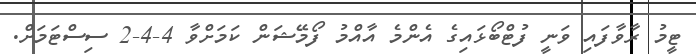
ޓީމު ރާވާފައި ވަނީ ފުޓްބޯޅައިގެ އެންމެ އާއްމު ފޯމޭޝަން ކަމަށްވާ 4-4-2 ސިސްޓަމަށް.